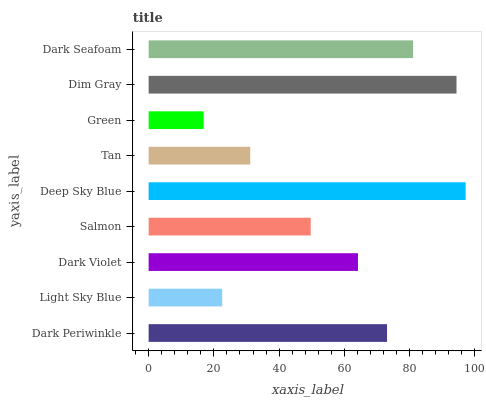
| yaxis_label | bars |
 | --- | --- |
 | Dark Periwinkle | 73.1 |
 | Light Sky Blue | 22.6 |
 | Dark Violet | 64.2 |
 | Salmon | 49.7 |
 | Deep Sky Blue | 97.2 |
 | Tan | 31.1 |
 | Green | 16.9 |
 | Dim Gray | 94.4 |
 | Dark Seafoam | 81.1 |